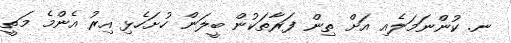
ނ. ކުންނަމަލެއި އަށް ތިން ފަރާތަކުން ބީލަން ހުށަހެޅި އިރު އެންމެ މަތީ